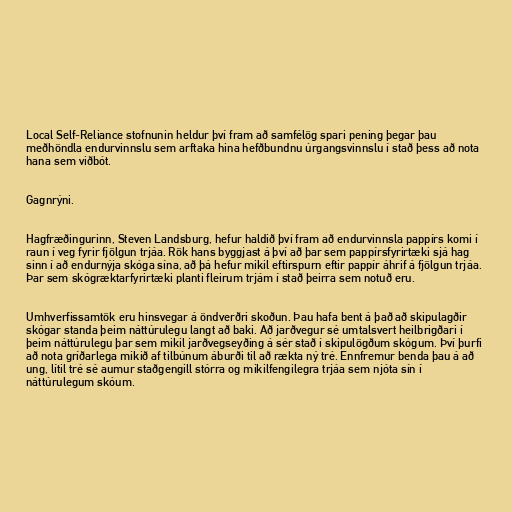
Local Self-Reliance stofnunin heldur því fram að samfélög spari pening þegar þau
meðhöndla endurvinnslu sem arftaka hina hefðbundnu úrgangsvinnslu í stað þess að nota
hana sem viðbót.

Gagnrýni.

Hagfræðingurinn, Steven Landsburg, hefur haldið því fram að endurvinnsla pappírs komi í
raun í veg fyrir fjölgun trjáa. Rök hans byggjast á því að þar sem pappírsfyrirtæki sjá hag
sinn í að endurnýja skóga sína, að þá hefur mikil eftirspurn eftir pappír áhrif á fjölgun trjáa.
Þar sem skógræktarfyrirtæki planti fleirum trjám í stað þeirra sem notuð eru.

Umhverfissamtök eru hinsvegar á öndverðri skoðun. Þau hafa bent á það að skipulagðir
skógar standa þeim náttúrulegu langt að baki. Að jarðvegur sé umtalsvert heilbrigðari í
þeim náttúrulegu þar sem mikil jarðvegseyðing á sér stað í skipulögðum skógum. Því þurfi
að nota gríðarlega mikið af tilbúnum áburði til að rækta ný tré. Ennfremur benda þau á að
ung, lítil tré sé aumur staðgengill stórra og mikilfengilegra trjáa sem njóta sín í
náttúrulegum skóum.